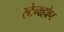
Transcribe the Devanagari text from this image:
स्टेनहोप